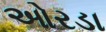
ઓરડા